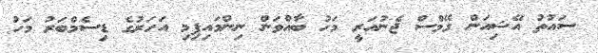
ސައުތު އޭޝިއަން ގޭމްސް ޖެނުއަރީ މަހު ބާއްވަން ނިންމައިފިމި އަހަރުގެ ޑިސެމްބަރު މަހު